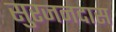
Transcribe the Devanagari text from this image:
सुरजनदास